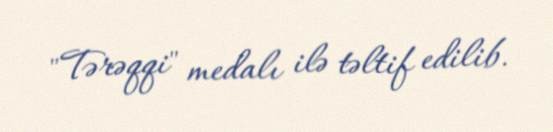
"Tərəqqi" medalı ilə təltif edilib.